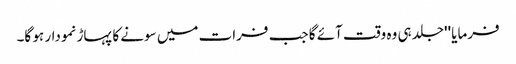
فرمایا ''جلد ہی وہ وقت آئے گا جب فرات میں سونے کا پہاڑ نمودار ہو گا۔